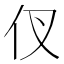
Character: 𮯷